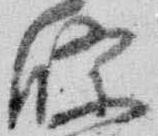
條